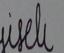
Signature authenticity: forged